Tezpur Lunatic Asylum reports 1877-1894 - 1877-1894
Year: 1877
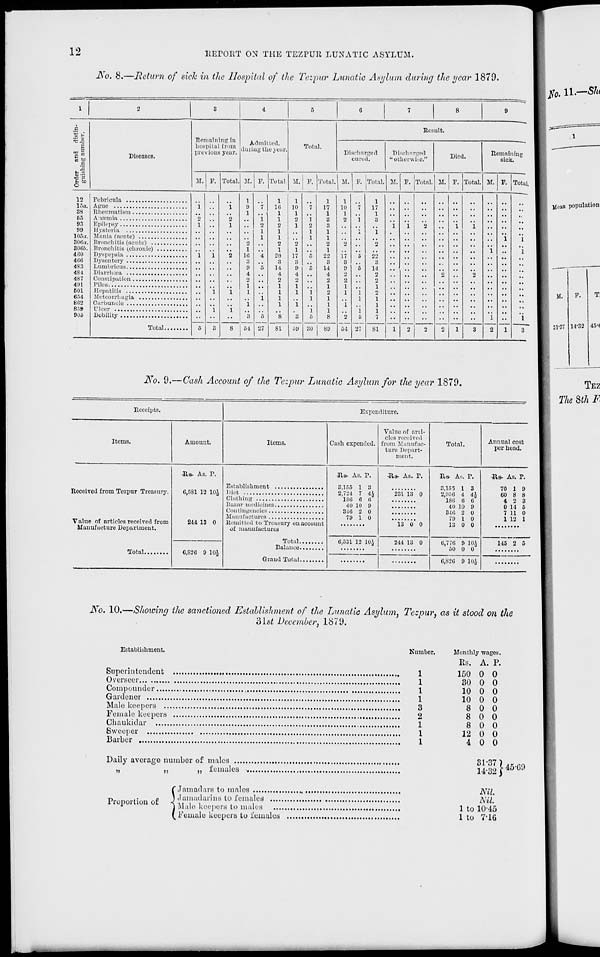
12
liEPORT ON TILE TEZPUIl LUNATIC ASYLUM.
JVo. 8.—Return of sick in the Hospital of the Tezpur Lunatic Asylum during the year 1879.
1
l 3
4
5
G
7
8
9
a
Result.
%&
Diseases.
Remaining In
hospital from
previous year.
Ad mil tod.
(luring the year.
Total.
i
■eg
Discharged
cured.
Discharged
"otherwise."
Died
Remaining
sick.
u|
i
i
1
1
1
"E Ec
M. P. Total. M. F. Total M. F. Total. Jt. F. Total. jr. F. Total. 11. P. Total. M. F. Total
o
|
1
1
1 1 1
12
Febricula
.. 1 .. 1
1
1
1
1
1
1
••
1
9
1
7
16
1
10
1
i
17
1
10
1
r
17
1
••
••
••
••
••
..
•
38
Rheumatism
65
2
2
1
1
2
1
3
2
i 3
..
93
Epilepsy
1
1
2
2
1
2
8
1
1
2
1
1
99
Hysteria
1
1
1
1
X
1
..
.
103d. Mania (acute)
1
1
1
1
1
3(><:«. Bronchitis (acute)
2
2
2
2
2
2
3006. Bronchitis (chronic)
1
1
1
1
1
4 CO
Dyspepsia
1
1
2
1G
4
20
17
5
22
17
5
22
..
.
..
40(1
Dysentery
3
3
8
3
3
8
483
Lumbricus
9
5
14
9
5
14
9
5
14
481
Diarrhoea
4
4
4
4
2
2
2
..
487
Constipation
2
2
2
2
2
,
491
Piles
1
1
i
1
1
1
601
1
1
1
1
l
1
2
1
1
o
654
Metcorrhagia
i 1
1
1
1
1
802
Carbuncle
1
1
l
1
1
1
..
859
1
3
1
8 'fi
'8
's
1
6
1
8
2
54
1
5
27
1
7
..
..
• •
••
i
1
905
Debility
6
1
8
54 27
81
69 30
89
81
1
2 1 • 2
1
8
2
3
No. 9.—Cash Account of the Tezpur Lunatic Asylum for the year 1879.
Receipts.
Expenditure.
Items.
Amount.
Items.
Cash expended.
Value of arti-
cles received
from Manufac-
ture Depart-
ment.
Total.
Annual cost
per bead.
its- As. r.
0,581 12 10J
214 13 0
its- As. P.
3,155 1 3
2,721 7 4i
186 G «
40 10 9
31G 2 0
79 1 0
Us- As. P.
231 13 0
13 0 0
Us- As. r.
8,155 1 3
2,950 4 4.J
181! G 6
40 10 9
310 2 0
79 1 0
13 0 0
5ls- As. P.
70 1 9
Received from Tezpur Treasury.
Diet
60 8 8
4 2 3
0 14 5
7 11 0
1 12 1
Value of articles received from
Manufacture Department.
Remitted to Treasury on account
of manufactures
Total
C.531 12 10)
244 13 0
0,770 9 10J
50 0 0
145 2 0
e,82G 9 10J
6,820 9 10J
tfo. 11.—SIu
Mean population
M.
3P37 14-32
T,
45-<
TEZ
The 8th F
JS r o. 10.—SJiowincj the sanctioned Establishment of the Lunatic Asylum, Tezpur, as it stood on the
'61st December. 1879.
Establishment.
Superintendent
Overseer
*.
Compounder
Gardener
Mule keepers ..
Female keepers
Cliaukidar
Sweeper
Barber
imber.
Monthly wages
Es. A. P.
1
150 0 0
1
30 0 0
1
10 0 0
1
10 0 0
3
8 0 0
2
8 0 0
1
8 0 0
1
12 0 0
1
4 0 0
Daily average number of males
females
Proportion of
Jamadars to males
,
Jamadarius to females
Male keepers to males
Female keepers to females
31-37)
14-32 )
45-00
Nil.
Nil.
1 to 10-45
1 to 7-1G